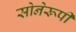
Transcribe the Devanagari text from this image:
सोनेरूपी